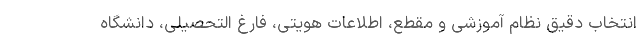
انتخاب دقیق نظام آموزشی و مقطع، اطلاعات هویتی، فارغ التحصیلی، دانشگاه